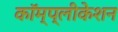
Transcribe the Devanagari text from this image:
कॉम्प्लीकेशन